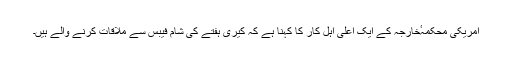
امریکی محکمہٴخارجہ کے ایک اعلیٰ اہل کار کا کہنا ہے کہ کیری ہفتے کی شام فیبس سے ملاقات کرنے والے ہیں۔